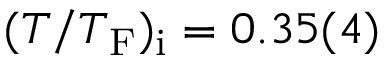
( T / T _ { \mathrm { F } } ) _ { \mathrm { i } } = 0 . 3 5 ( 4 )